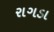
રાગડા